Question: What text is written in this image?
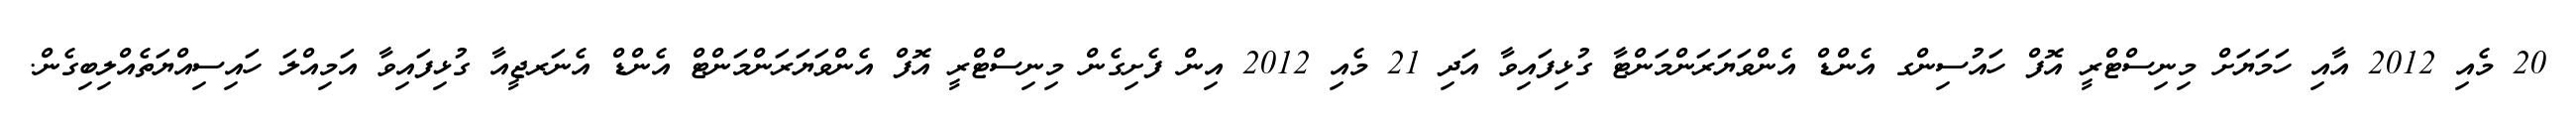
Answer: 20 މެއި 2012 އާއި ހަމަޔަށް މިނިސްޓްރީ އޮފް ހައުސިންގ އެންޑް އެންވަޔަރަންމަންޓާ ގުޅިފައިވާ އަދި 21 މެއި 2012 އިން ފެށިގެން މިނިސްޓްރީ އޮފް އެންވަޔަރަންމަންޓް އެންޑް އެނަރޖީއާ ގުޅިފައިވާ އަމިއްލަ ހައިސިއްޔަތެއްލިބިގެން.